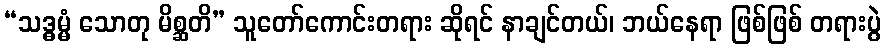
“သဒ္ဓမ္မံ သောတု မိစ္ဆတိ” သူတော်ကောင်းတရား ဆိုရင် နာချင်တယ်၊ ဘယ်နေရာ ဖြစ်ဖြစ် တရားပွဲ